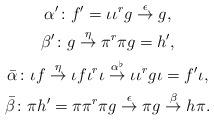
LaTeX: \begin{gather*}\alpha'\colon f'=\iota\iota^r g \stackrel\epsilon\to g,\\\beta'\colon g\stackrel\eta\to \pi^r\pi g=h',\\\bar\alpha\colon \iota f \stackrel\eta\to \iota f\iota^r\iota \stackrel{\alpha^\flat}\to \iota\iota^r g\iota=f'\iota,\\\bar\beta\colon \pi h'=\pi \pi^r\pi g\stackrel\epsilon \to \pi g\stackrel{\beta}\to h\pi.\end{gather*}